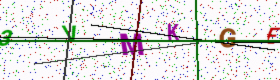
Text: 3VMKGE